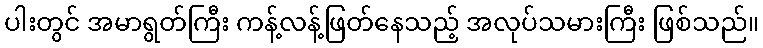
ပါးတွင် အမာရွတ်ကြီး ကန့်လန့်ဖြတ်နေသည့် အလုပ်သမားကြီး ဖြစ်သည်။